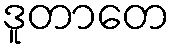
ဒူတာတေ